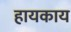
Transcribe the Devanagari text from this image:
हायकाय